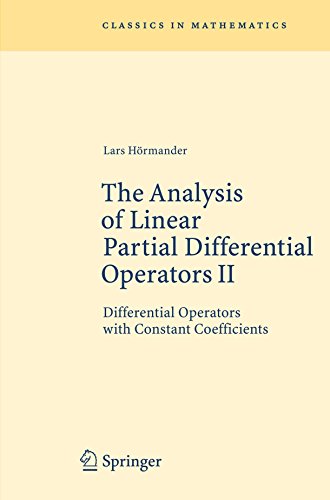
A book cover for The Analysis of Linear Partial Differential Operators II: Differential Operators with Constant Coefficients (Classics in Mathematics); Lars HÃ¶rmander; Science & Math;